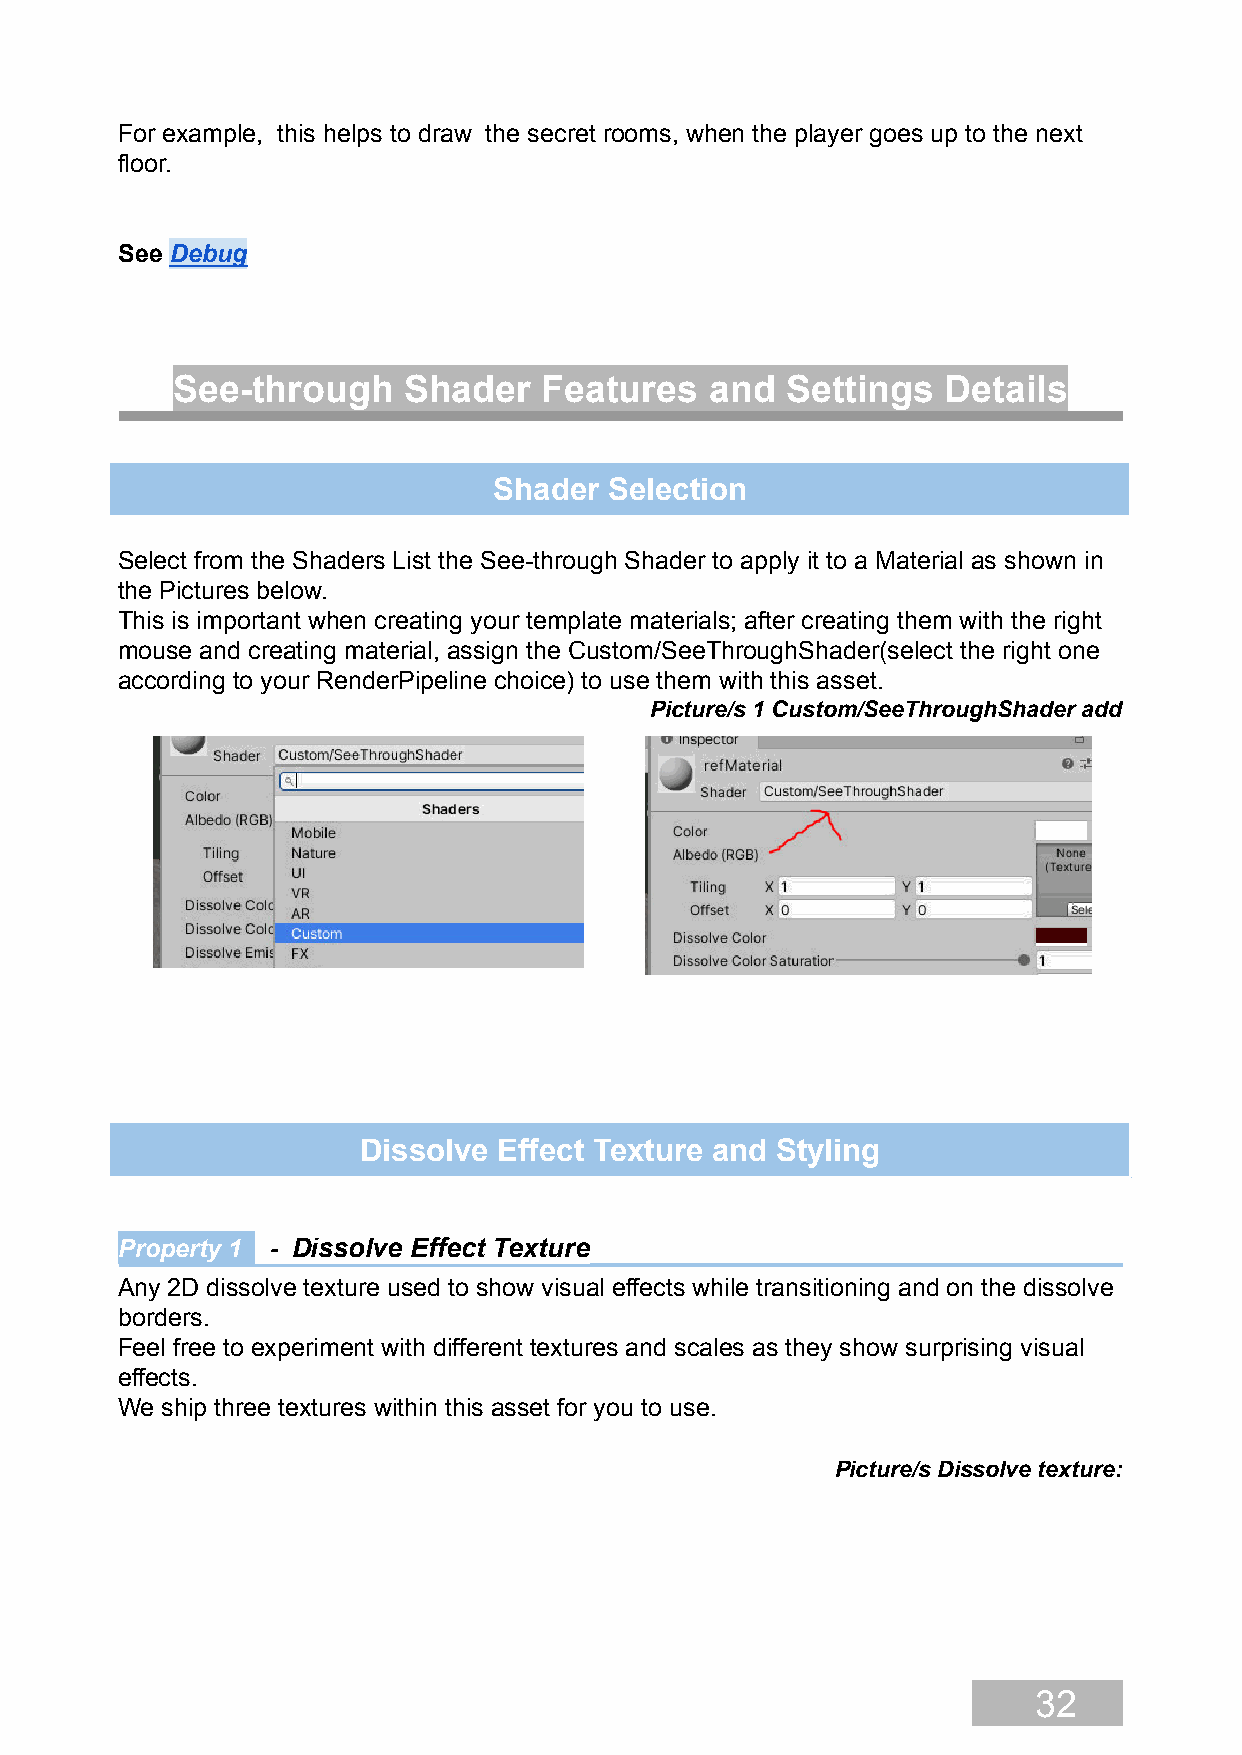
For example, this helps to draw the secret rooms, when the player goes up to the next
 floor.
 See Debug
 See-through     Shader   Features   and  Settings   Details
 Shader Selection
 Select from the Shaders List the See-through Shader to apply it to a Material as shown in
 the Pictures below.
 This is important when creating your template materials; after creating them with the right
 mouse and creating material, assign the Custom/SeeThroughShader(select the right one
 according to your RenderPipeline choice) to use them with this asset.
 Picture/s 1 Custom/SeeThroughShader add
 Dissolve Effect Texture and Styling
 Property 1 - Dissolve Effect Texture
 Any 2D dissolve texture used to show visual effects while transitioning and on the dissolve
 borders.
 Feel free to experiment with different textures and scales as they show surprising visual
 effects.
 We ship three textures within this asset for you to use.
 Picture/s Dissolve texture:
 32